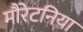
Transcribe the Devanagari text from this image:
मौरेटनिया